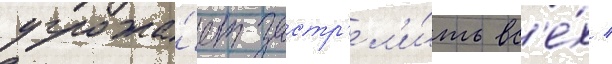
угрожа́ет застр'ел'и́ть вс'е́х /